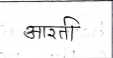
मजकूर: आरती